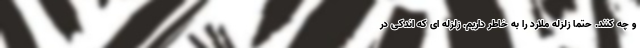
و چه کنند. حتما زلزله ملارد را به خاطر داریم. زلزله ای که اندکی در